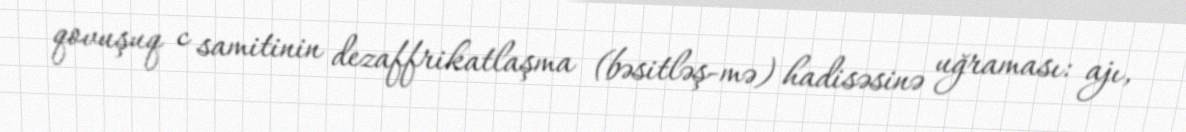
qovuşuq c samitinin dezaffrikatlaşma (bəsitləş-mə) hadisəsinə uğraması: ajı,